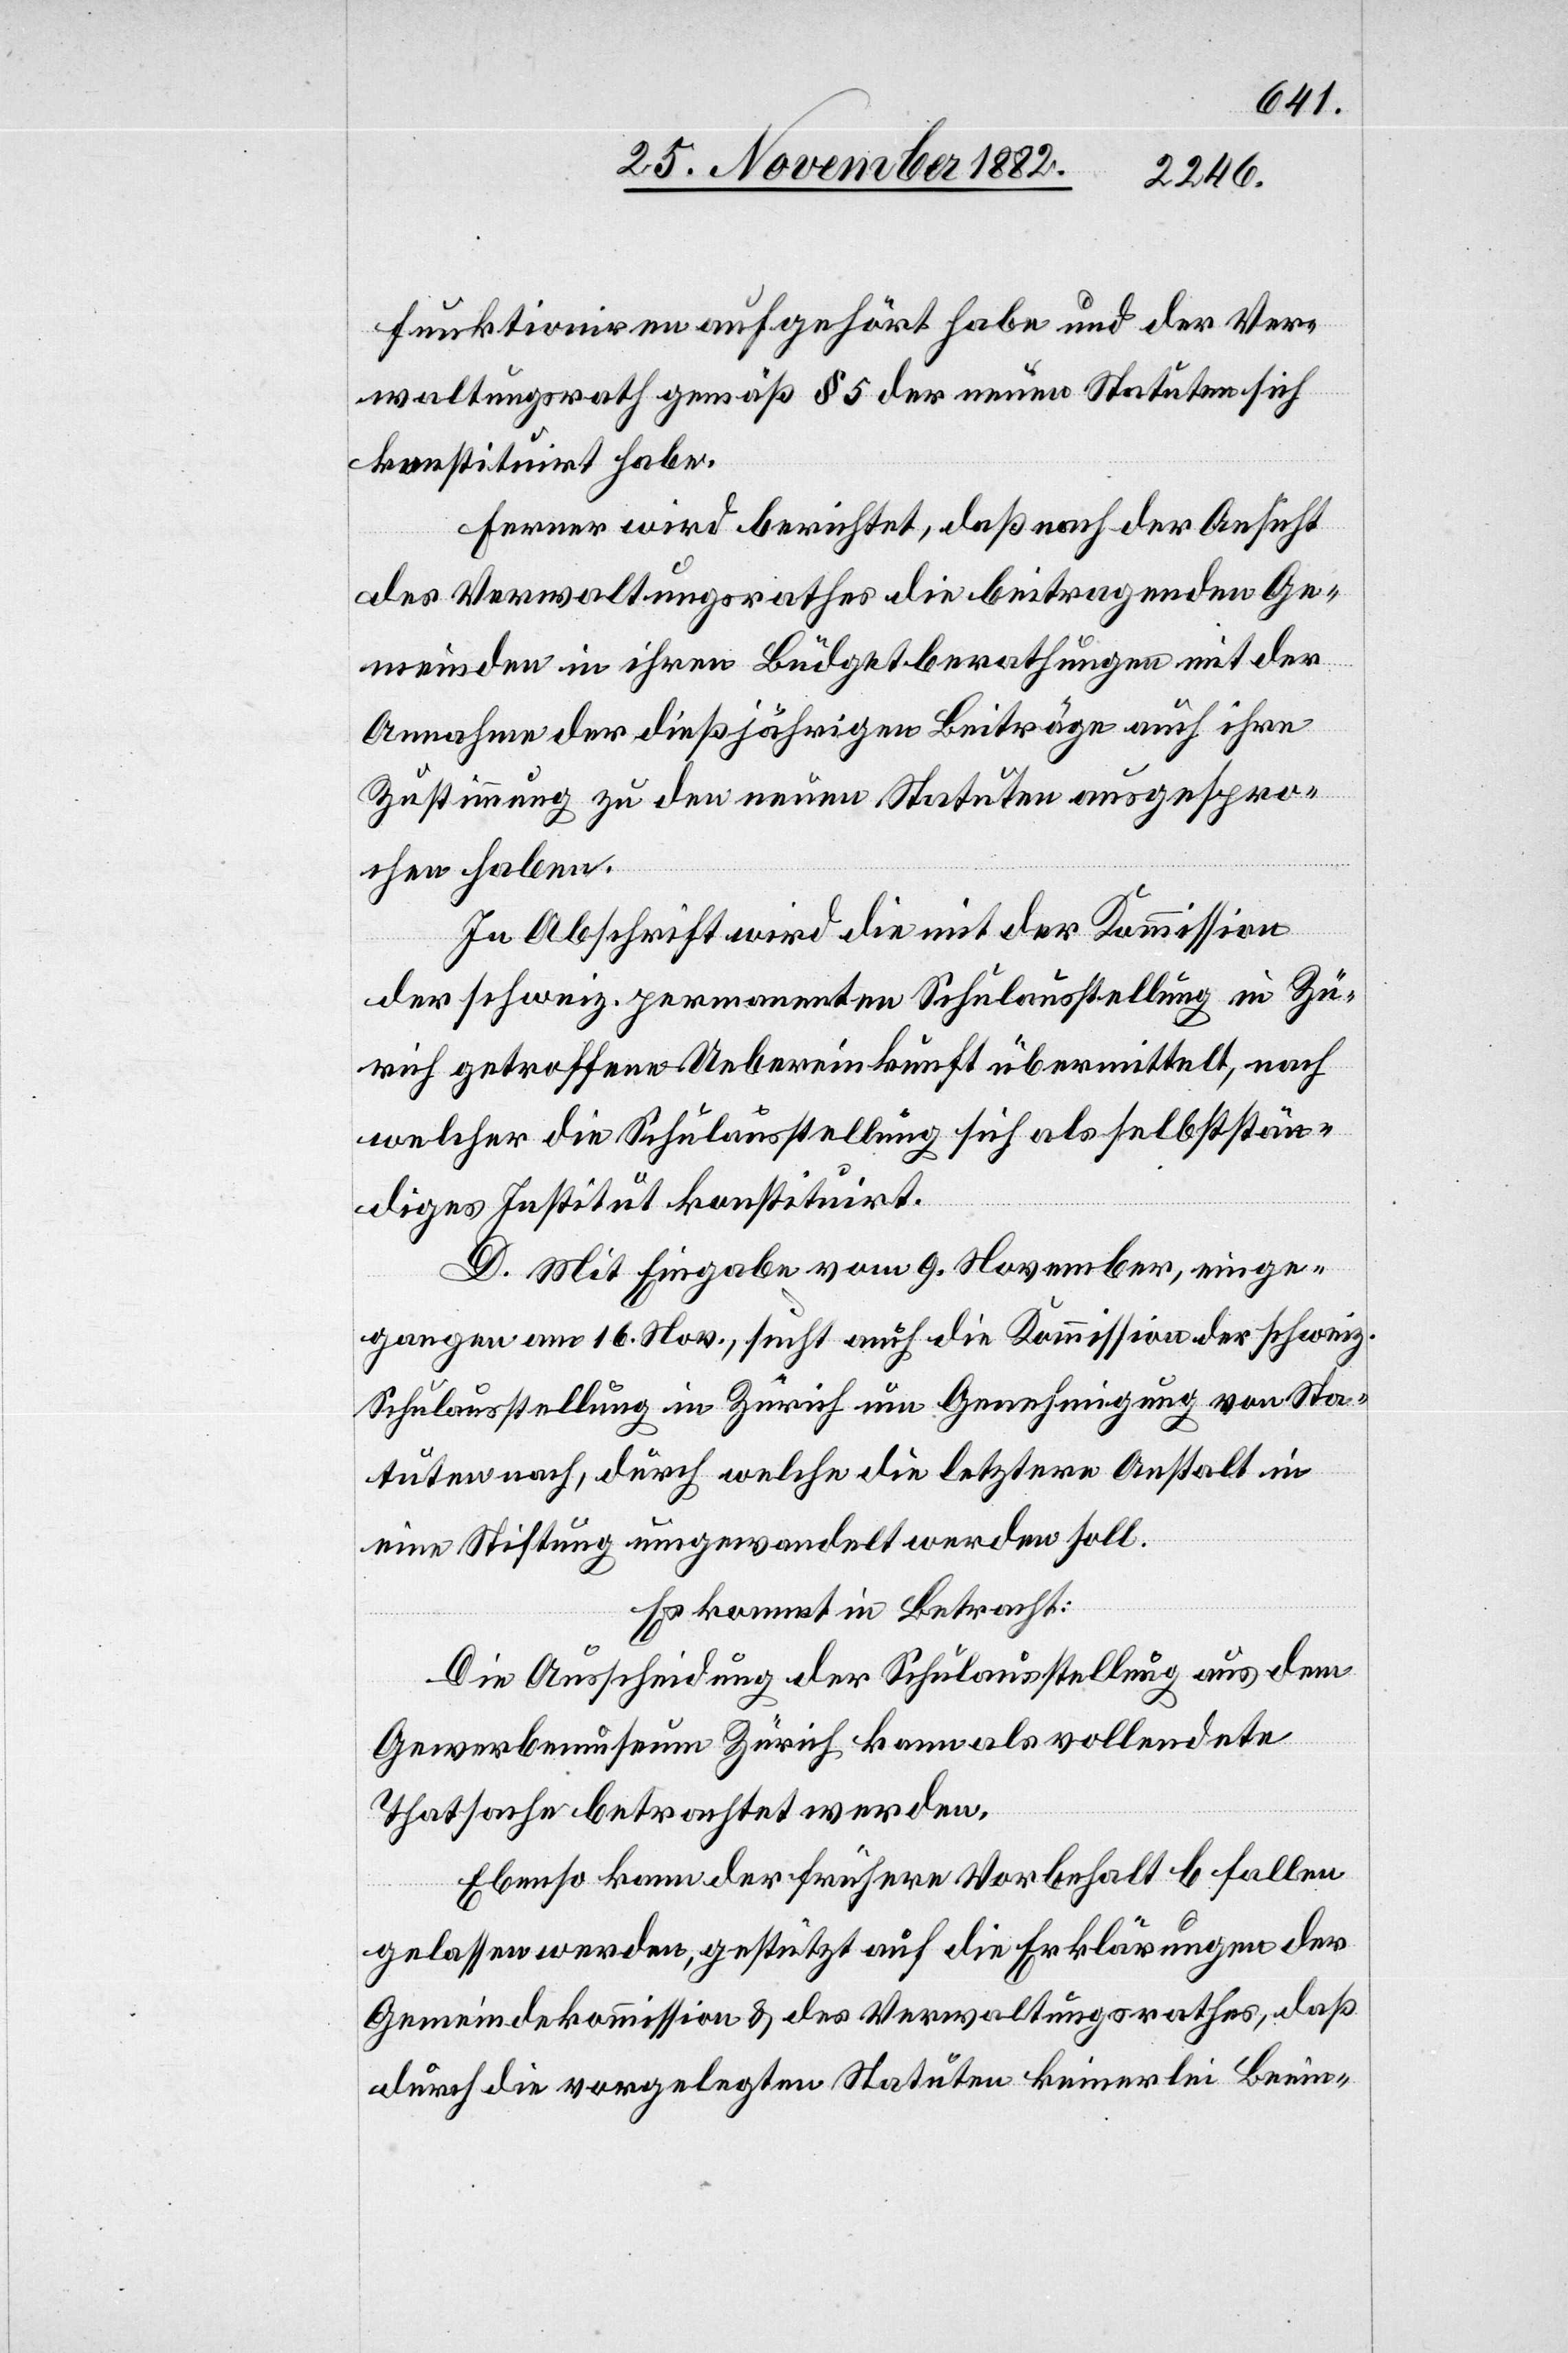
funktioniren aufgehört habe und der Ver¬
waltungsrath gemäß § 5 der neuen Statuten sich
konstituirt habe.
Ferner wird berichtet, daß nach der Ansicht
der Verwaltungsrathes die beitragenden Ge¬
meinden in ihren Büdgetberathungen mit der
Annahme der dießjährigen Beiträge auch ihre
Zustimmung zu den neuen Statuten ausgespro¬
chen haben.
In Abschrift wird die mit der Kommission
der schweiz. permanenten Schulausstellung in Zü¬
rich getroffene Uebereinkunft übermittelt, nach
welcher die Schulausstellung sich als selbststän¬
diges Institut konstituirt.
D. Mit Eingabe vom 9. November, einge¬
gangen am 16. Nov., sucht auch die Kommission der schweiz.
Schulausstellung in Zürich um Genehmigung von Sta¬
tuten nach, durch welche die letztere Anstalt in
eine Stiftung umgewandelt werden soll.
Es kommt in Betracht:
Die Ausscheidung der Schulausstellung aus dem
Gewerbemuseum Zürich kann als vollendete
Thatsache betrachtet werden.
Ebenso kann der frühere Vorbehalt b fallen
gelassen werden, gestützt auf die Erklärungen der
Gemeindekommission & des Verwaltungsrathes, daß
durch die vorgelegten Statuten keinerlei Beein-